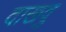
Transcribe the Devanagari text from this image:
दाखवु